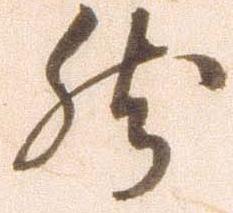
然